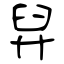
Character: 舁